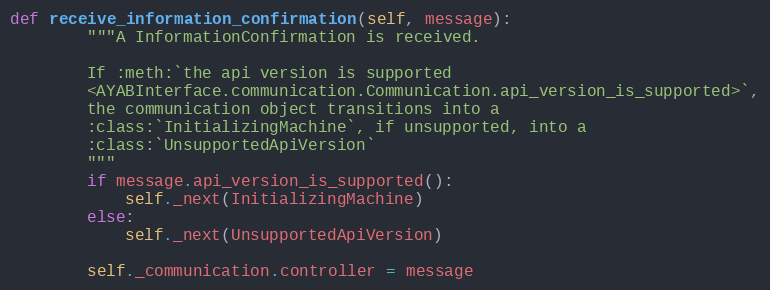
Language: Python
def receive_information_confirmation(self, message):
        """A InformationConfirmation is received.

        If :meth:`the api version is supported
        <AYABInterface.communication.Communication.api_version_is_supported>`,
        the communication object transitions into a
        :class:`InitializingMachine`, if unsupported, into a
        :class:`UnsupportedApiVersion`
        """
        if message.api_version_is_supported():
            self._next(InitializingMachine)
        else:
            self._next(UnsupportedApiVersion)

        self._communication.controller = message